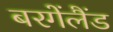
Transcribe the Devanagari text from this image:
बरगेंलैंड